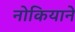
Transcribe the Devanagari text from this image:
नोकियाने